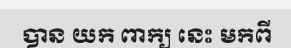
បាន យក ពាក្យ នេះ មកពី